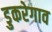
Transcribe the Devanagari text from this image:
डुकरेगाव